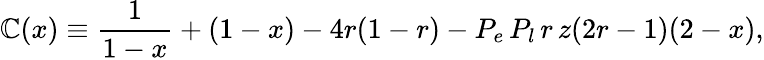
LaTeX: \mathbb{C}(x)\equiv\frac{{1}}{{1-x}}+(1-x)-4r(1-r)-P_{e}\, P_{l}\, r\, z(2r-1)(2-x),